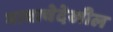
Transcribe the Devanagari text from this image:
भावाचेदेखील